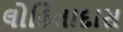
લોહિતાદાસ